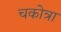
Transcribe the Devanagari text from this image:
चकोत्रा